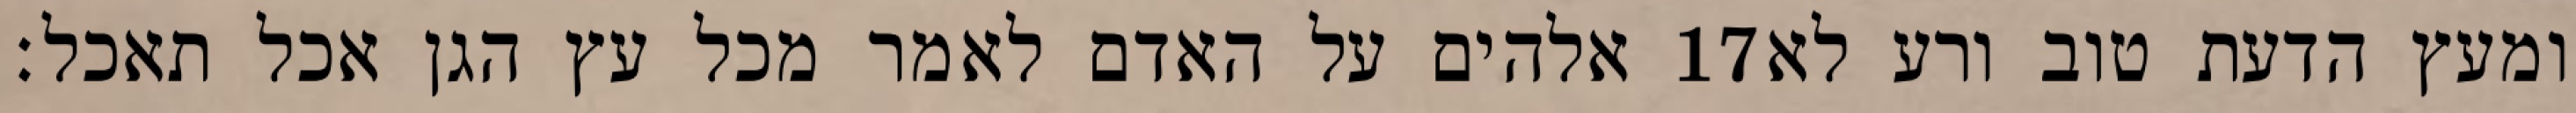
אלהים על האדם לאמר מכל עץ הגן אכל תאכל׃ ‎17‏ ומעץ הדעת טוב ורע לא